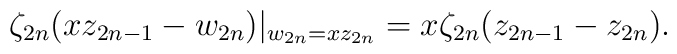
\zeta_{2n} (xz_{2n-1}-w_{2n})|_{w_{2n}=xz_{2n}}= x\zeta_{2n} (z_{2n-1}-z_{2n}).